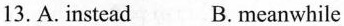
13. A. instead B. meanwhile